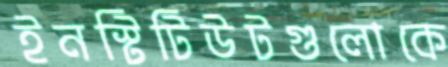
ইনস্টিটিউটগুলোকে